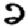
Digit: 2